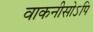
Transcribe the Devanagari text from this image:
वाकनीसोऽपि